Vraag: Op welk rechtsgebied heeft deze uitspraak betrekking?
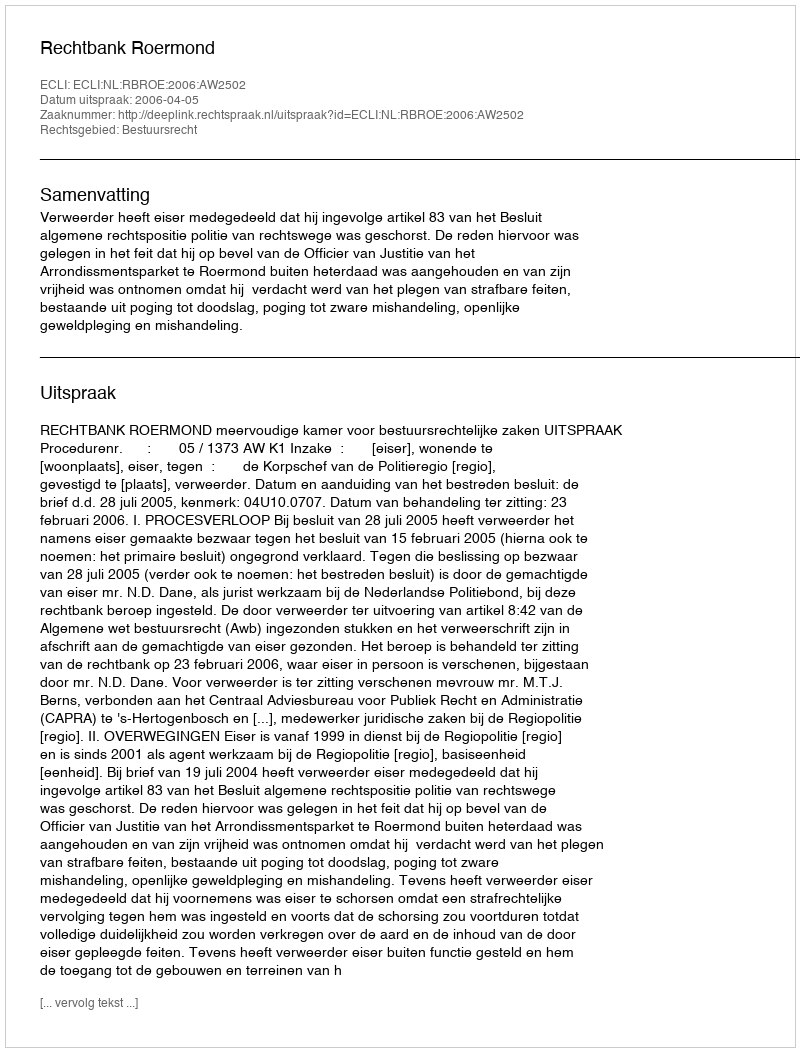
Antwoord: Bestuursrecht